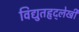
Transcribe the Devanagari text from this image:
विद्युतहृद्‌लेखी